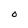
Character: 0